Indian journal of veterinary science and animal husbandry - Volume 7,
Year: 1937
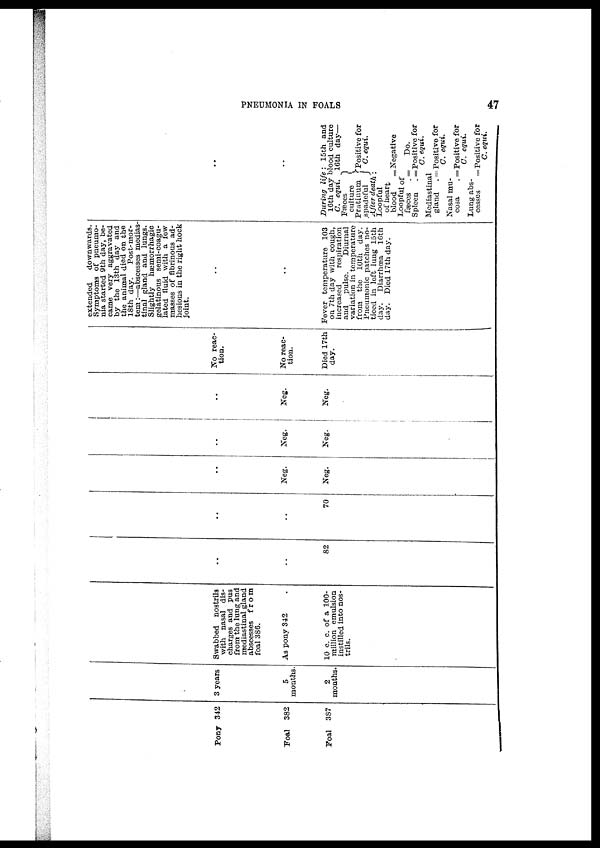
PNEUMONIA IN FOALS
47
Pony 342
Foal
382
Foal 387
3 years
5
months.
2
months.
Swabbed nostrils
with nasal dis-
charges and pus
from the lung and
mediastinal gland
abscesses from
foal 386.
As pony 342 .
10 c. c. of a 100-
million emulsion
instilled into nos-
trils.
..
..
82
..
..
70
..
Neg.
Neg.
..
Neg.
Neg.
..
Neg.
Neg.
No reac-
tion.
No reac-
tion.
Died 17th
day.
extended
downwards.
Symptoms of pneumo-
nia started 9th day, be-
came very aggravated
by the 13th day and
the animal died on the
18th day.
Post-mor-
tem :—abscesses medias-
tinal gland and lungs.
Slightly
hæmorrhagic
gelatinous semi-coagu-
lated fluid with a few
masses of fibrinous ad-
hesions in the right hock
joint.
..
..
Fever temperature 103
on 7th day with cough,
increased
respiration
and
pulse.
Diurnal
variation in temperature
from the 10th day.
Pneumonic patches no-
ticed in loft lung 15th
day. Diarrhœa
16th
day. Died 17th day.
..
..
During life: 15th and
16th day blood culture
C. equi. 16th day-
Fæces
culture
Pratinum }Positive for
spadeful
C. equi.
After death :
Loopful
of heart
blood
= Negative
Loopful of
fæces
. =
Do.
Spleen
. = Positive for
C. equi.
Mediastinal
gland . = Positive for
C. equi.
Nasal mu-
cosa
.= Positive for
C. equi.
Lung abs-
cesses
= Positive for
C. equi.